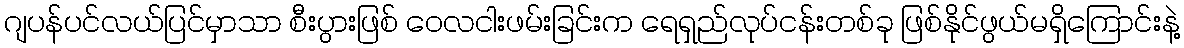
ဂျပန်ပင်လယ်ပြင်မှာသာ စီးပွားဖြစ် ဝေလငါးဖမ်းခြင်းက ရေရှည်လုပ်ငန်းတစ်ခု ဖြစ်နိုင်ဖွယ်မရှိကြောင်းနဲ့